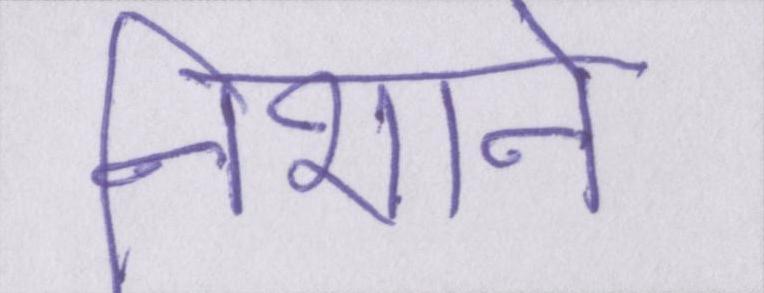
निशाने